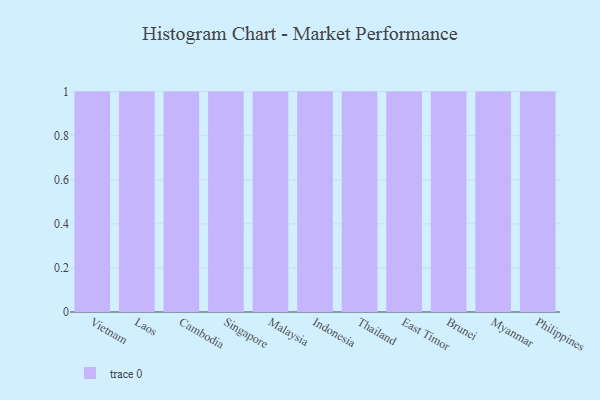
{"axis": {"x": "Country", "y": "Headcount"}, "legend": [""], "data": [{"x": "Vietnam", "y": 41, "type": ""}, {"x": "Laos", "y": 63, "type": ""}, {"x": "Cambodia", "y": 53, "type": ""}, {"x": "Singapore", "y": 8, "type": ""}, {"x": "Malaysia", "y": 12, "type": ""}, {"x": "Indonesia", "y": 73, "type": ""}, {"x": "Thailand", "y": 81, "type": ""}, {"x": "East Timor", "y": 96, "type": ""}, {"x": "Brunei", "y": 95, "type": ""}, {"x": "Myanmar", "y": 55, "type": ""}, {"x": "Philippines", "y": 79, "type": ""}]}